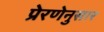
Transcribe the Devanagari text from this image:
प्रेरणेनुसार